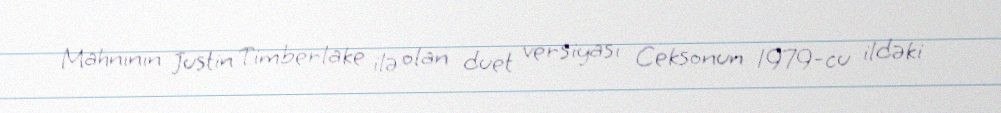
Mahnının Justin Timberlake ilə olan duet versiyası Ceksonun 1979-cu ildəki